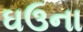
ઘઉના